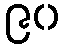
၉၀